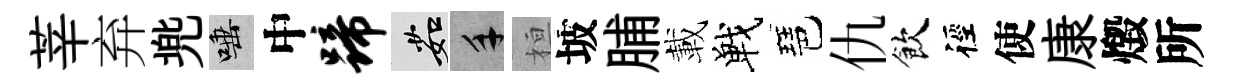
莘弃兠唾中蹄茹手桓坡脯載戰琶仇飲徑使康燬所